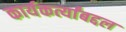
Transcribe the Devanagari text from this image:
कार्यकर्त्यांबद्दल